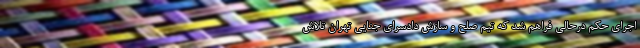
اجرای حکم درحالی فراهم شد که تیم صلح و سازش دادسرای جنایی تهران تلاش